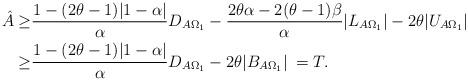
LaTeX: \begin{align*}\hat{A}\geq& \frac{1-(2\theta-1)\vert 1-\alpha \vert}{\alpha}D_{A\Omega_1}-\frac{2\theta\alpha-2(\theta-1)\beta}{\alpha}\vert L_{A\Omega_1}\vert -2\theta\vert U_{A\Omega_1}\vert\\\geq&\frac{1-(2\theta-1)\vert 1-\alpha \vert}{\alpha}D_{A\Omega_1}-2\theta\vert B_{A\Omega_1}\vert\:= T.\end{align*}